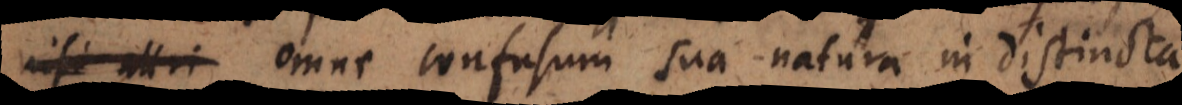
nisi attri omne confusum sua natura in distincta